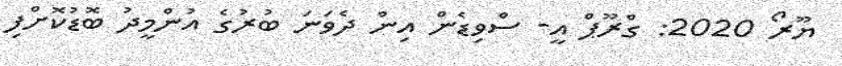
ޔޫރޯ 2020: ގްރޫޕް އީ- ސްވިޑެން އިން ދެވަނަ ބުރުގެ އުންމީދު ބޮޑުކޮށްފި